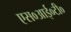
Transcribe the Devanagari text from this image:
एस०आई०टी०